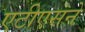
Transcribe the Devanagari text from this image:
एटीएसने